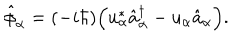
LaTeX: \hat { \phi } _ { \alpha } = ( - i \hbar ) \Bigl ( u _ { \alpha } ^ { * } \hat { a } _ { \alpha } ^ { \dagger } - u _ { \alpha } \hat { a } _ { \alpha } \Bigr ) .